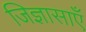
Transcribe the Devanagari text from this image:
जिज्ञासाएँ